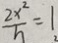
\frac { 2 x ^ { 2 } } { h } = 1